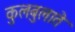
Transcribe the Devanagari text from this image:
कुलबुलाते